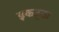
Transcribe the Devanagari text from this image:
इकठ्‌ठा